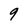
Character: 9